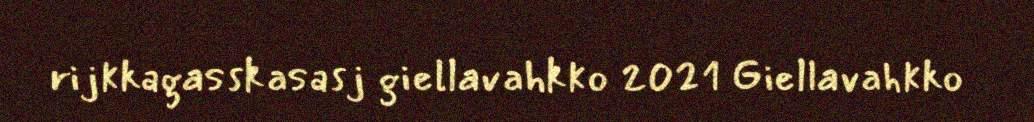
rijkkagasskasasj giellavahkko 2021 Giellavahkko